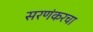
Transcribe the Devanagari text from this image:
सरणंकरचा